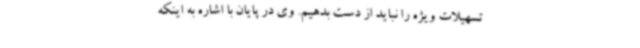
تسهیلات ویژه را نباید از دست بدهیم. وی در پایان با اشاره به اینکه